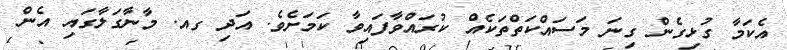
އެކަމާ ގުޅިގެން ގިނަ މަސައްކަތްތަކެއް ކުރައްވާފައިވާ ކަމަށެވެ. އަދި ގއ. މާނާގަލާގައި އެން